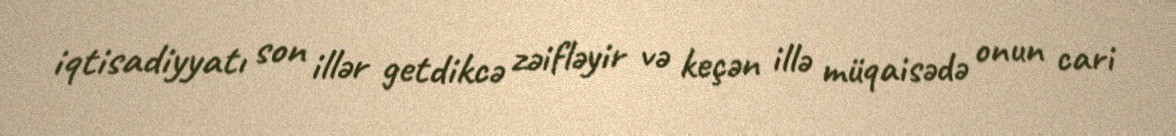
iqtisadiyyatı son illər getdikcə zəifləyir və keçən illə müqaisədə onun cari